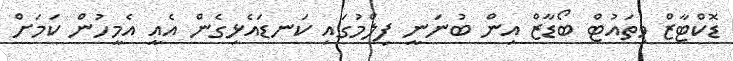
ޑޮކްޓާޒް ވިތައުޓް ބޯޑާޒް އިން ބުނަނީ ފިލްމުގައި ކަނޑައެޅިގެން އެއީ އެމީހުން ކަމަށް